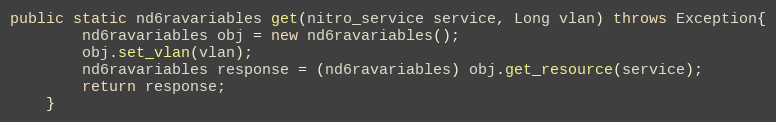
Language: Java
public static nd6ravariables get(nitro_service service, Long vlan) throws Exception{
		nd6ravariables obj = new nd6ravariables();
		obj.set_vlan(vlan);
		nd6ravariables response = (nd6ravariables) obj.get_resource(service);
		return response;
	}